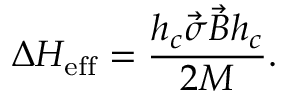
\Delta H _ { \mathrm { e f f } } = \frac { h _ { c } \vec { \sigma } \vec { B } h _ { c } } { 2 M } .